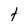
Character: t